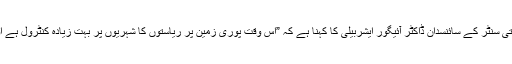
پیرس کے عالمی خلائی تحقیقاتی سنٹر کے سائنسدان ڈاکٹر آئیگور ایشربیلی کا کہنا ہے کہ ”اس وقت پوری زمین پر ریاستوں کا شہریوں پر بہت زیادہ کنٹرول ہے اور طرح طرح کی قدغنیں ہیں۔